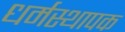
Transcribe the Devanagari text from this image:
धर्मस्थापक